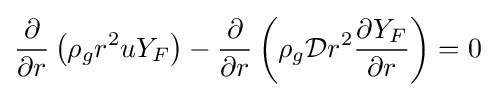
{\frac {\partial }{\partial {r}}}\left(\rho _{g}r^{2}uY_{F}\right)-{\frac {\partial }{\partial {r}}}\left(\rho _{g}{\mathcal {D}}r^{2}{\frac {\partial {Y_{F}}}{\partial {r}}}\right)=0